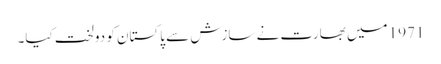
1971 میں بھارت نے سازش سے پاکستان کو دولخت کیا۔